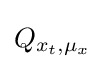
Q_{x_{t},\mu _{x}}